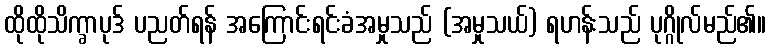
ထိုထိုသိက္ခာပုဒ် ပညတ်ရန် အကြောင်းရင်းခံအမှုသည် (အမှုသယ်) ရဟန်းသည် ပုဂ္ဂိုလ်မည်၏။